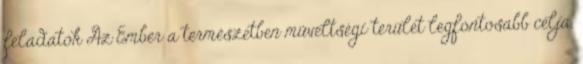
feladatok Az Ember a természetben műveltségi terület legfontosabb célja,